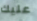
عليك